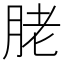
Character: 𦚱